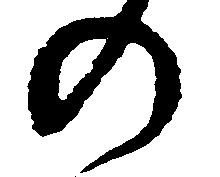
の